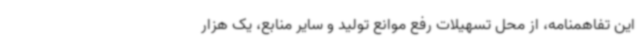
این ‌تفاهمنامه، از محل تسهیلات رفع موانع تولید و سایر منابع، یک هزار